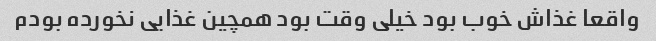
واقعا غذاش خوب بود خیلی وقت بود همچین غذایی نخورده بودم